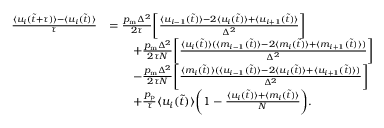
\begin{array} { r l } { \frac { \langle u _ { i } ( \tilde { t } + \tau ) \rangle - \langle u _ { i } ( \tilde { t } ) \rangle } { \tau } } & { = \frac { p _ { \mathrm { m } } \Delta ^ { 2 } } { 2 \tau } \bigg [ \frac { \langle u _ { i - 1 } ( \tilde { t } ) \rangle - 2 \langle u _ { i } ( \tilde { t } ) \rangle + \langle u _ { i + 1 } ( \tilde { t } ) \rangle } { \Delta ^ { 2 } } \bigg ] } \\ & { \qquad + \frac { p _ { \mathrm { m } } \Delta ^ { 2 } } { 2 \tau N } \bigg [ \frac { \langle u _ { i } ( \tilde { t } ) \rangle ( \langle m _ { i - 1 } ( \tilde { t } ) \rangle - 2 \langle m _ { i } ( \tilde { t } ) \rangle + \langle m _ { i + 1 } ( \tilde { t } ) \rangle ) } { \Delta ^ { 2 } } \bigg ] } \\ & { \qquad - \frac { p _ { \mathrm { m } } \Delta ^ { 2 } } { 2 \tau N } \bigg [ \frac { \langle m _ { i } ( \tilde { t } ) \rangle ( \langle u _ { i - 1 } ( \tilde { t } ) \rangle - 2 \langle u _ { i } ( \tilde { t } ) \rangle + \langle u _ { i + 1 } ( \tilde { t } ) \rangle ) } { \Delta ^ { 2 } } \bigg ] } \\ & { \qquad + \frac { p _ { \mathrm { p } } } { \tau } \langle u _ { i } ( \tilde { t } ) \rangle \bigg ( 1 - \frac { \langle u _ { i } ( \tilde { t } ) \rangle + \langle m _ { i } ( \tilde { t } ) \rangle } { N } \bigg ) . } \end{array}